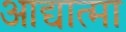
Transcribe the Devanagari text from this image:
आद्यात्मा